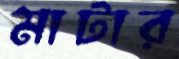
মাটার